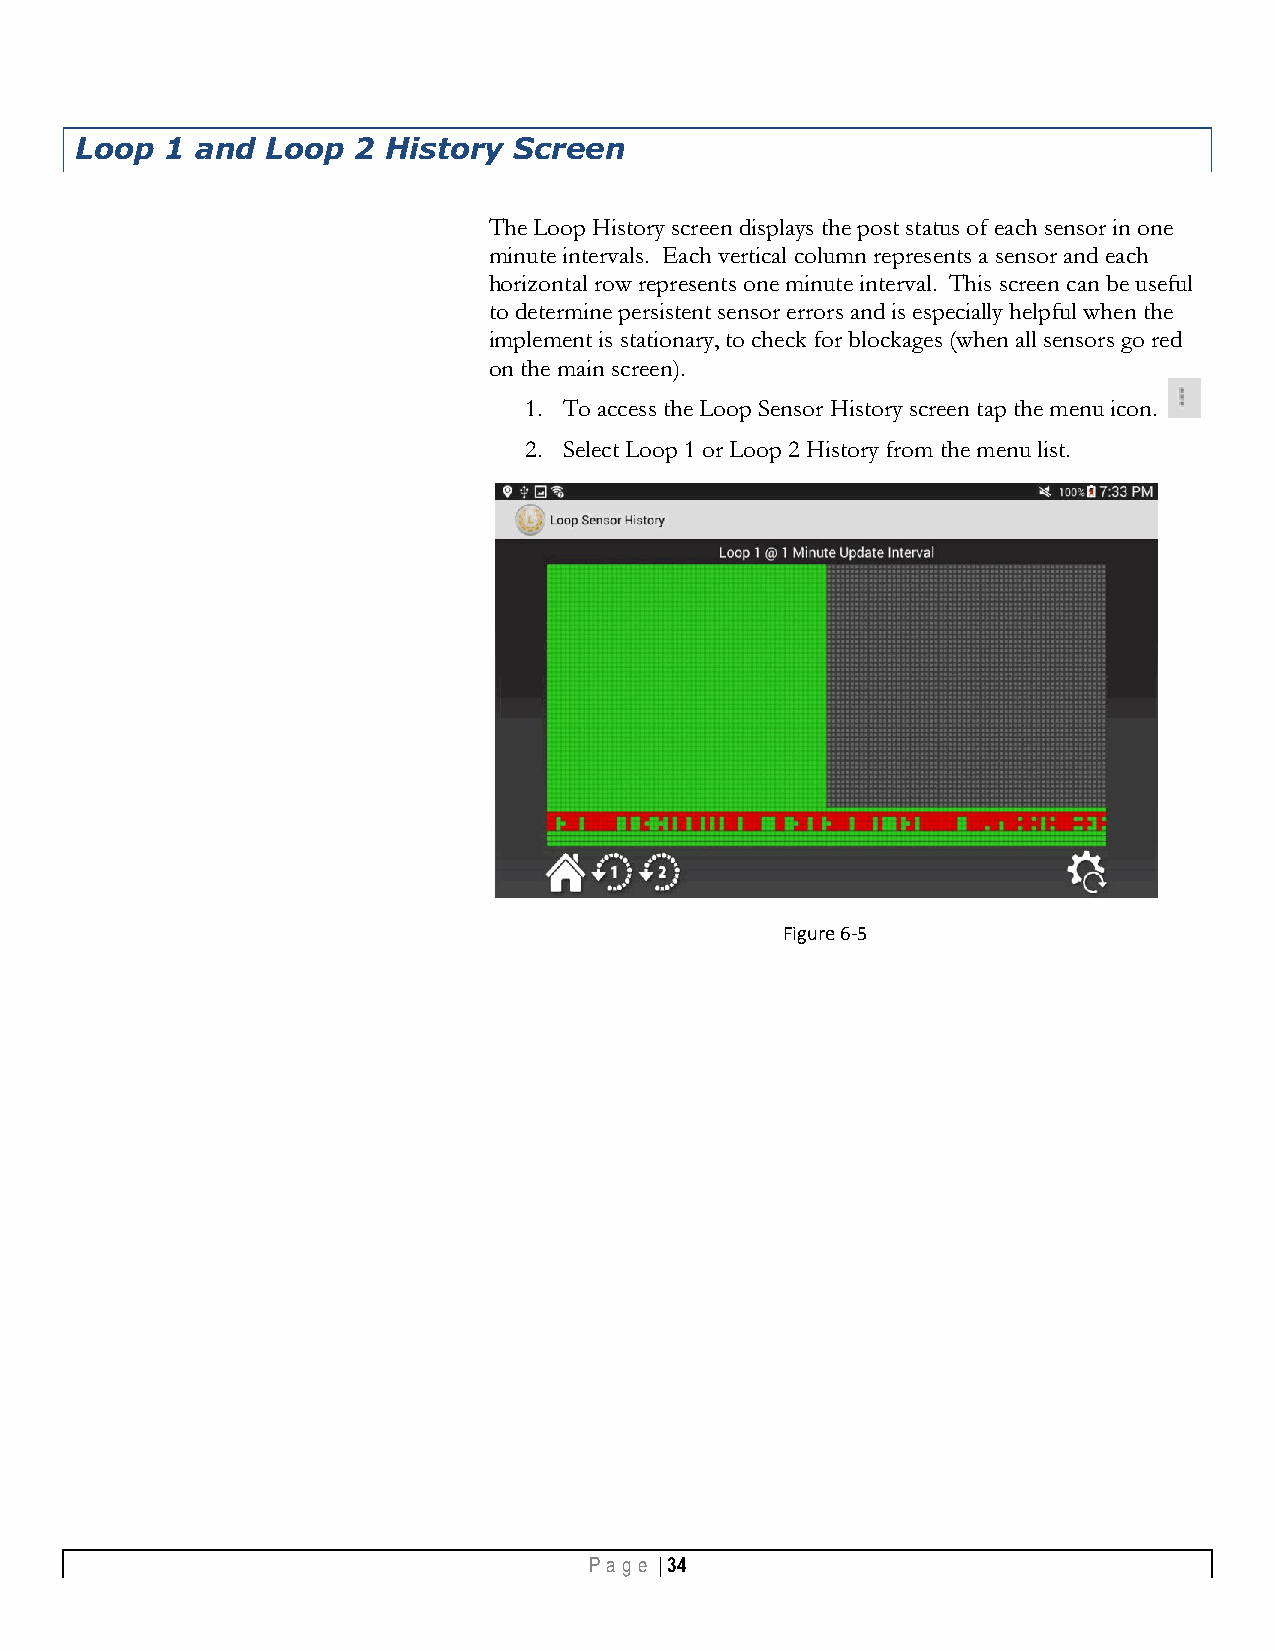
Loop  1 and  Loop 2 History  Screen
 The Loop History screen displays the post status of each sensor in one
 minute intervals. Each vertical column represents a sensor and each
 horizontal row represents one minute interval. This screen can be useful
 to determine persistent sensor errors and is especially helpful when the
 implement is stationary, to check for blockages (when all sensors go red
 on the main screen).
 1. To access the Loop Sensor History screen tap the menu icon.
 2. Select Loop 1 or Loop 2 History from the menu list.
 Figure 6-5
 Pa g e | 34